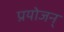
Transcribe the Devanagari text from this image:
प्रयोजन्